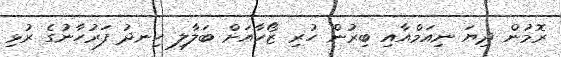
ރޮމުން ދިޔަ ނިއަމްއާއި ބިރުން ހުރި ޒޯހާއަށް ބަލާލި ހިނދު ފަރުހާނުގެ ރުޅި